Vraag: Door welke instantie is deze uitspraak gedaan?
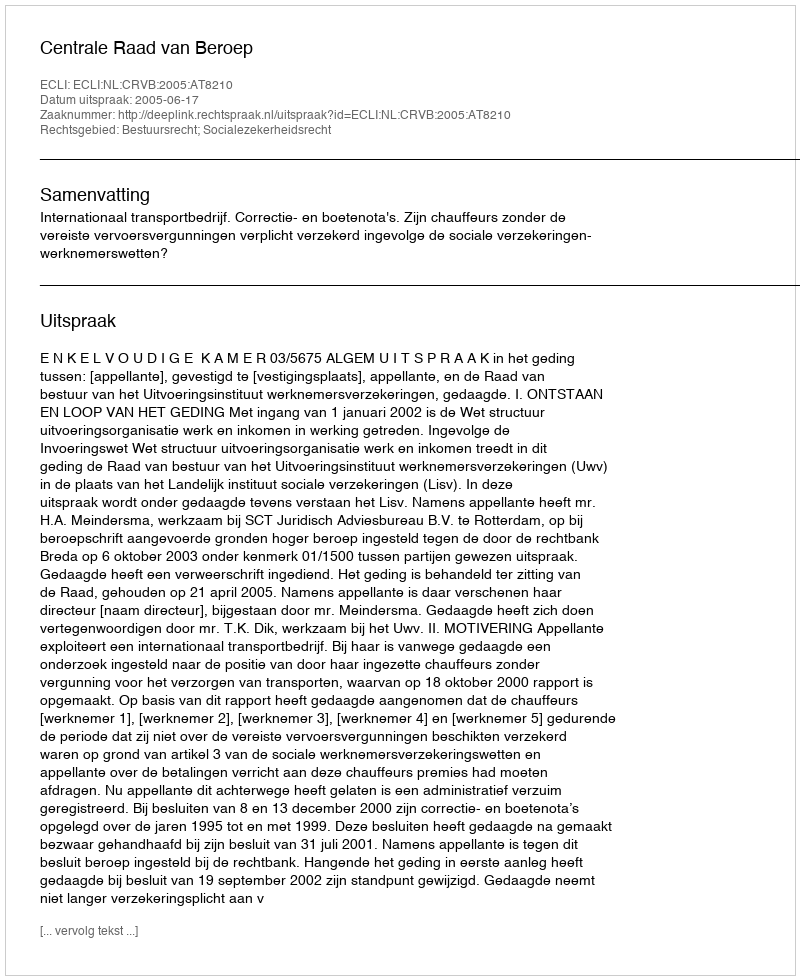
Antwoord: Centrale Raad van Beroep